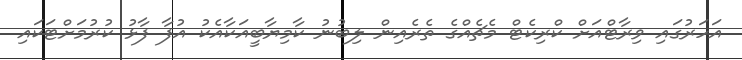
އަހަރުގައި ވިރާޓްއަށް ކްރިކެޓް މެޗެއްގެ ތެރެއިން ލިބުނު ކާމިޔާބީއަކާއެކު އުފާ ފާޅު ކުރުމަށްޓަކައި